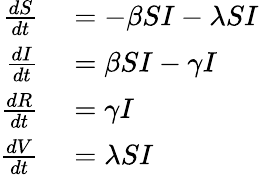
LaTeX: \begin{array}{rl}{\frac{dS}{dt}}&{{}=-\beta SI-\lambda SI}\\ {\frac{dI}{dt}}&{{}=\beta SI-\gamma I}\\ {\frac{dR}{dt}}&{{}=\gamma I}\\ {\frac{dV}{dt}}&{{}=\lambda SI}\end{array}